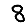
Digit: 8